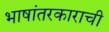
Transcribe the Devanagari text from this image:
भाषांतरकाराची